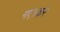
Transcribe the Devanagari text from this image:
गए।कर